Medical and sanitary report on the native army of Bombay for the year
Year: 1879
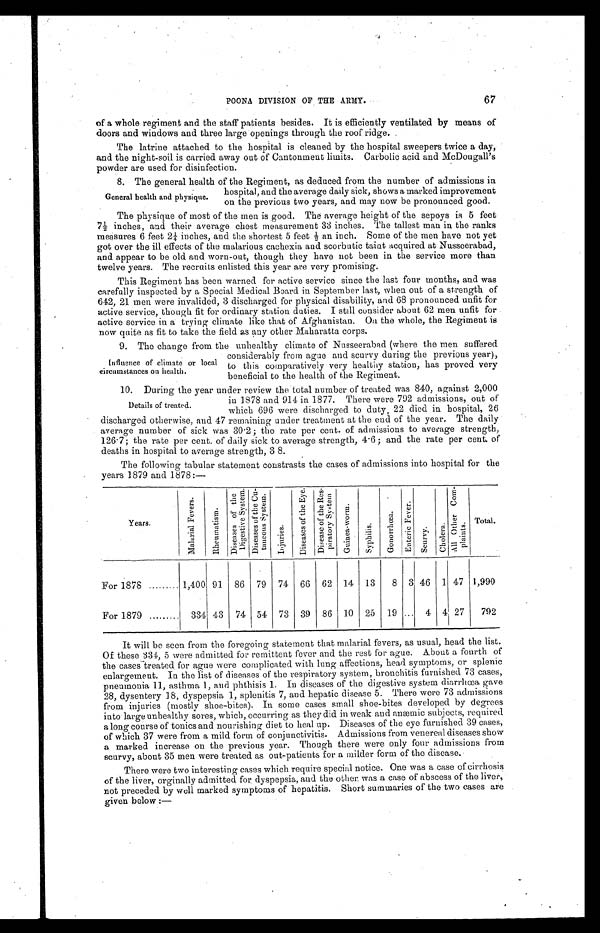
67
POONA DIVISION OF THE ARMY.
of a whole regiment and the staff patients besides. It is efficiently ventilated by means of
doors and windows and three large openings through the roof ridge.
The latrine attached to the hospital is cleaned by the hospital sweepers twice a day,
and the night-soil is carried away out of Cantonment limits. Carbolic acid and McDougall's
powder are used for disinfection.
8 . T h e g e n e r a l h e a l t h o f t h e R e g i m e n t , a s d e d u c e d f r o m t h e n u m b e r o f a d m i s s i o n s i n
hospital, and the average daily sick, shows a marked improvement
on the previous two years, and may now be pronounced good.
The physique of most of the men is good. The average height of the sepoys is 5 feet
7 ½ i n c h e s , a n d t h e i r a v e r a g e c h e s t m e a s u r e m e n t 3 3 i n c h e s . T h e t a l l e s t m a n i n t h e r a n k s
measures 6 feet 2¼ inches, and the shortest 5 feet ½ an inch. Some of the men have not yet
got over the ill effects of the malarious cachexia and scorbutic taint acquired at Nusseerabad,
and appear to be old and worn-out, though they have not been in the service more than
twelve years. The recruits enlisted this year are very promising.
This Regiment has been warned for active service since the last four months, and was
carefully inspected by a Special Medical Board in September last, when out of a strength of
642, 21 men were invalided, 3 discharged for physical disability, and 68 pronounced unfit for
active service, though fit for ordinary station duties. I still consider about 62 men unfit for
active service in a trying climate like that of Afghanistan. On the whole, the Regiment is
now quite as fit to take the field as any other Maharatta corps.
9 . T h e c h a n g e f r o m t h e u n h e a l t h y c l i m a t e o f N u s s e e r a b a d ( w h e r e t h e m e n s u f f e r e d
considerably from ague and scurvy during the previous year),
to this comparatively very healthy station, has proved very
beneficial to the health of the Regiment.
10. During the year under review the total number of treated was 840, against 2,000
in 1878 and 914 in 1877. There were 792 admissions, out of
which 696 were discharged to duty, 22 died in hospital, 26
discharged otherwise, and 47 remaining under treatment at the end of the year. The daily
average number of sick was 30.2; the rate per cent. of admissions to average strength,
126.7; the rate per cent. of daily sick to average strength, 4.6; and the rate per cent. of
deaths in hospital to average strength, 3 8.
The following tabular statement constrasts the cases of admissions into hospital for the
years 1879 and 1878:—
Years.
M a l a r i a l F e v e r s .
R h e u m a t i s m .
D i s e a s e s o f t h e D i g e s t i v e S y s t e m .
D i s e a s e s o f t h e C u - t a n e o u s S y s t e m .
I n j u r i e s .
D i s e a s e s o f t h e E y e .
D i s e a s e s o f t h e R e s - p i r a t o r y S y s t e m .
G u i n e a - w o r m .
S y p h i l i s .
G o n o r r h œ a .
E n t e r i c F e v e r .
S c u r v y .
C h o l e r a .
A l l O t h e r C o m - p l a i n t s .
T o t a l .
For 1878 . . .
1,400 91
86
79
74
66
62
14
13
8
3 46
1 47 1,990
For 1879 . . .
334 43
74
54
73
39
86
10
25
19
. . . 4
4 27
792
It will be seen from the foregoing statement that malarial fevers, as usual, head the list.
Of these 334, 5 were admitted for remittent fever and the rest for ague. About a fourth of
the cases treated for ague were complicated with lung affections, head symptoms, or splenic
enlargement. In the list of diseases of the respiratory system, bronchitis furnished 73 cases,
pneumonia 11, asthma 1, and phthisis 1. In diseases of the digestive system diarrhœa, gave
28, dysentery 18, dyspepsia 1, splenitis 7, and hepatic disease 5. There were 73 admissions
from injuries (mostly shoe-bites). In some cases small shoe-bites developed by degrees
into large unhealthy sores, which, occurring as they did in weak and anæmic subjects, required
a long course of tonics and nourishing diet to heal up. Diseases of the eye furnished 39 cases,
of which 37 were from a mild form of conjunctivitis. Admissions from venereal diseases show
a marked increase on the previous year. Though there were only four admissions from
scurvy, about 35 men were treated as out-patients for a milder form of the disease.
There were two interesting cases which require special notice. One was a case of cirrhosis
of the liver, orginally admitted for dyspepsia, and the other was a case of abscess of the liver,
not preceded by well marked symptoms of hepatitis. Short summaries of the two cases are
given below:
—
General health and physique.
Influence of climate or local
circumstances on health.
Details of treated.